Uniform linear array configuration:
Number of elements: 64
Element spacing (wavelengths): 0.75
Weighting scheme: binomial
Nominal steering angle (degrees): -45
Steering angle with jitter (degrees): -46.496
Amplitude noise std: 0.05
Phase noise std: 0.05

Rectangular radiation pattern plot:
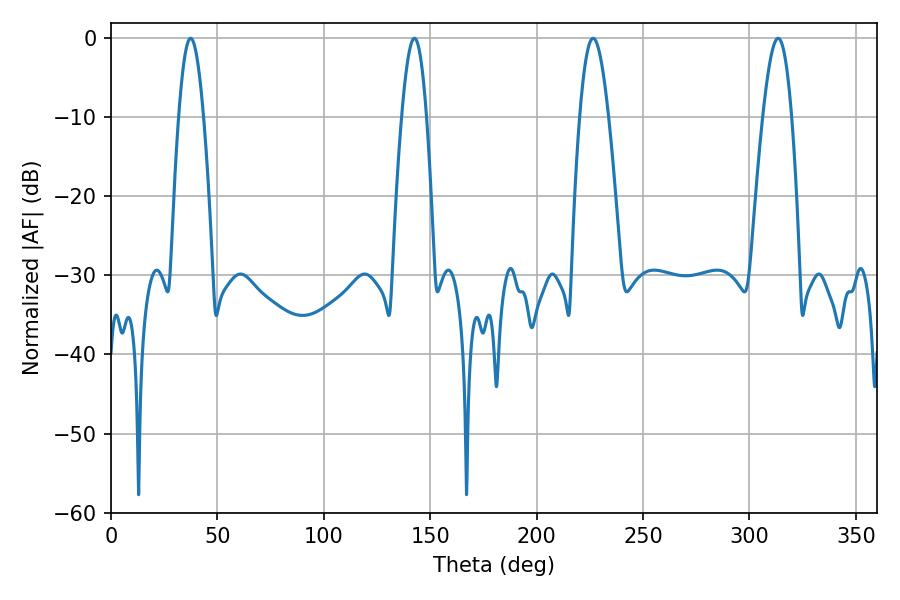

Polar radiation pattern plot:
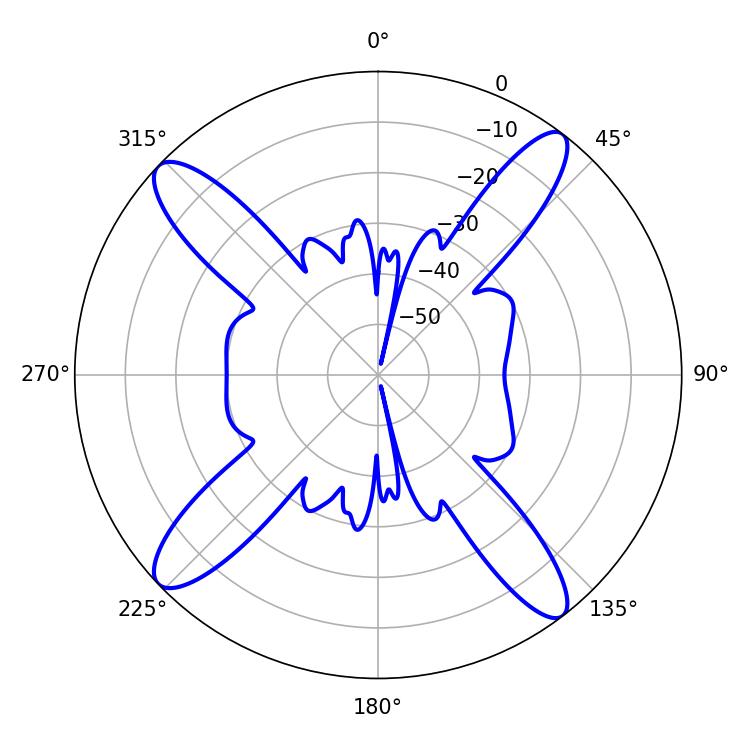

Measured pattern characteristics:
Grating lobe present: TRUE
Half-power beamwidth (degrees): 6.3
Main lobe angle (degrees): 37.44